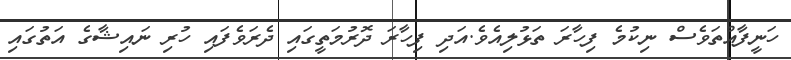
ހަނީފާއްތަވެސް ނިކުމެ ފިހާރަ ތަޅުލިއެވެ.އަދި ފިހާރަ ދޮރުމަތީގައި ދެރަވެފައި ހުރި ނައިޝާގެ އަތުގައި